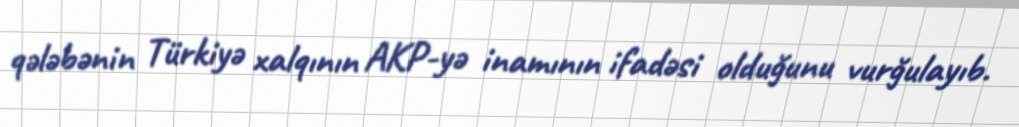
qələbənin Türkiyə xalqının AKP-yə inamının ifadəsi olduğunu vurğulayıb.